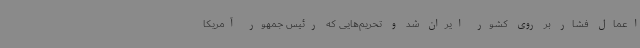
اعمال فشار بر روی کشور ایران شد و تحریم‌هایی که رئیس جمهور آمریکا